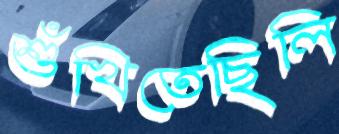
শুঁখিতেছিলি